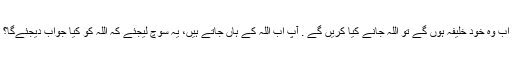
اب وہ خود خلیفہ ہوں گے تو اللہ جانے کیا کریں گے . آپ اب اللہ کے ہاں جاتے ہیں، یہ سوچ لیجئے کہ اللہ کو کیا جواب دیجئےگا؟